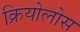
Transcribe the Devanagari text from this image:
क्रियोलोस